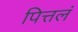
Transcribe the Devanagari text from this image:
पित्तलं